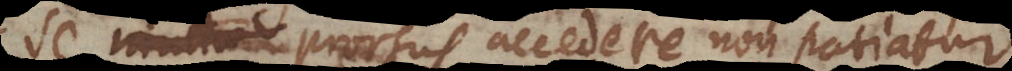
nimiae prorsus accedere non patiatur,